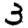
Digit: 3